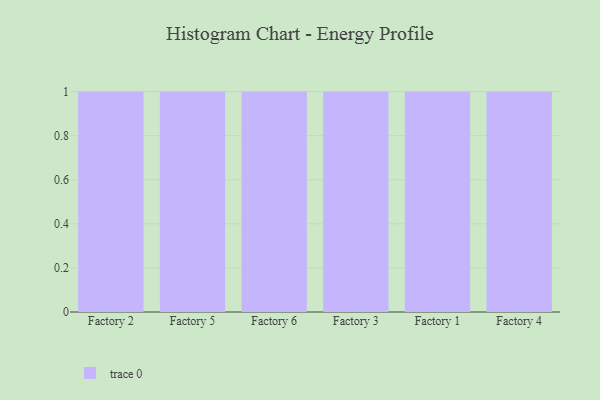
{"axis": {"x": "Factory", "y": "Headcount"}, "legend": [""], "data": [{"x": "Factory 2", "y": 9, "type": ""}, {"x": "Factory 5", "y": 16, "type": ""}, {"x": "Factory 6", "y": 73, "type": ""}, {"x": "Factory 3", "y": 13, "type": ""}, {"x": "Factory 1", "y": 38, "type": ""}, {"x": "Factory 4", "y": 53, "type": ""}]}